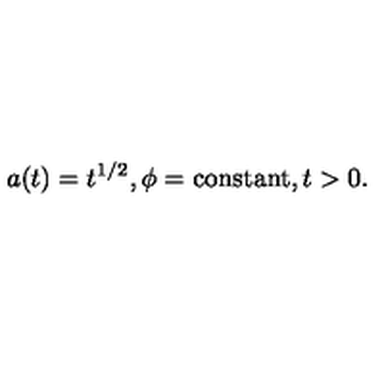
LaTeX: a ( t ) = t ^ { 1 / 2 } , \phi = \mathrm { c o n s t a n t } , t > 0 .